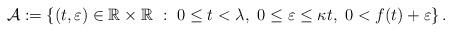
LaTeX: \begin{align*} {\mathcal{A}}:=\left\{(t,\varepsilon)\in\mathbb{R}\times\mathbb{R}~:~0\leq t<\lambda, ~ 0\leq\varepsilon\leq \kappa t, ~ 0<f(t)+\varepsilon \right\}.\end{align*}